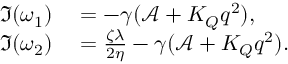
\begin{array} { r l } { \Im ( \omega _ { 1 } ) } & { { } = - \gamma ( \mathcal { A } + K _ { Q } q ^ { 2 } ) , } \\ { \Im ( \omega _ { 2 } ) } & { { } = \frac { \zeta \lambda } { 2 \eta } - \gamma ( \mathcal { A } + K _ { Q } q ^ { 2 } ) . } \end{array}